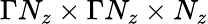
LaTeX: \Gamma N_{z}\times\Gamma N_{z}\times N_{z}